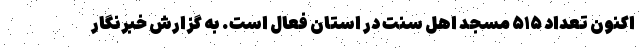
اکنون تعداد ۵۱۵ مسجد اهل سنت در استان فعال است. به گزارش خبرنگار